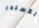
ألكسندر